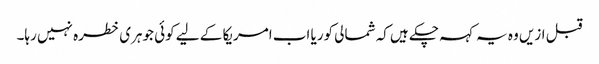
قبل ازیں وہ یہ کہہ چکے ہیں کہ شمالی کوریا اب امریکا کے لیے کوئی جوہری خطرہ نہیں رہا۔